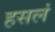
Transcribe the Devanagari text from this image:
हसलं